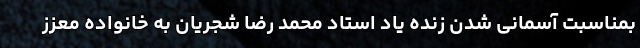
بمناسبت آسمانی شدن زنده یاد استاد محمد رضا شجریان به خانواده معزز